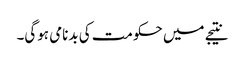
نتیجے میں حکومت کی بدنامی ہوگی۔